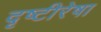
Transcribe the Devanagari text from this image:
दृष्टीरेषा